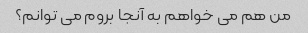
من هم می خواهم به آنجا بروم می توانم؟